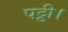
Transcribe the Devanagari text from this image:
पट्टी।